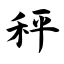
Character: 秤